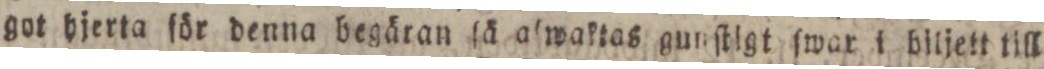
got hjerta för denna begäran ſä aſwaktas gunſtigt ſwar i biljett till